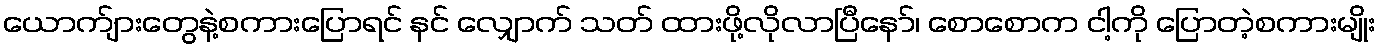
ယောက်ျားတွေနဲ့စကားပြောရင် နင် လျှောက် သတ် ထားဖို့လိုလာပြီနော်၊ စောစောက ငါ့ကို ပြောတဲ့စကားမျိုး